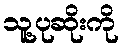
သူ့ပုဆိုးကို